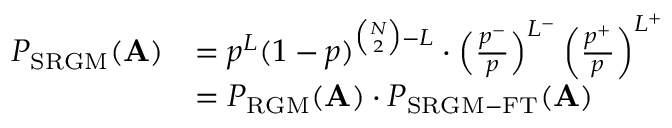
\begin{array} { r l } { P _ { \mathrm { S R G M } } ( \mathbf { A } ) } & { = p ^ { L } ( 1 - p ) ^ { \binom { N } { 2 } - L } \cdot \left( \frac { p ^ { - } } { p } \right) ^ { L ^ { - } } \left( \frac { p ^ { + } } { p } \right) ^ { L ^ { + } } } \\ & { = P _ { \mathrm { R G M } } ( \mathbf { A } ) \cdot P _ { \mathrm { S R G M - F T } } ( \mathbf { A } ) } \end{array}